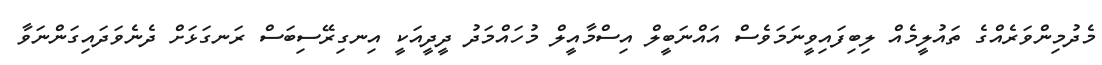
މެދުމިންވަރެއްގެ ތައުލީމެއް ލިބިފައިވީނަމަވެސް އައްނަބީލް އިސްމާއީލް މުހައްމަދު ދީދީއަކީ އިނގިރޭސިބަސް ރަނގަޅަށް ދެނެވަދައިގަންނަވާ